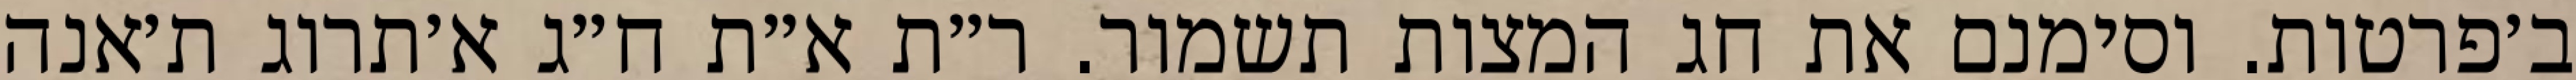
ב׳פרטות. וסימנם את חג המצות תשמור. ר״ת א״ת ח״ג א׳תרוג ת׳אנה